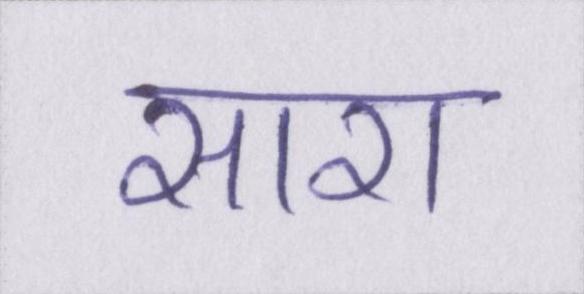
सारा